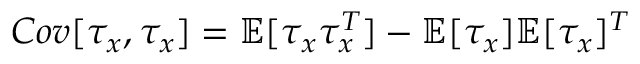
C o v [ \tau _ { x } , \tau _ { x } ] = \mathbb { E } [ \tau _ { x } \tau _ { x } ^ { T } ] - \mathbb { E } [ \tau _ { x } ] \mathbb { E } [ \tau _ { x } ] ^ { T }